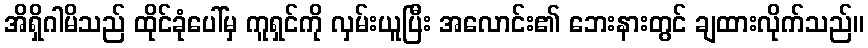
အိရှိဂါမိသည် ထိုင်ခုံပေါ်မှ ကူရှင်ကို လှမ်းယူပြီး အလောင်း၏ ဘေးနားတွင် ချထားလိုက်သည်။